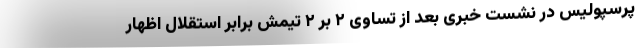
پرسپولیس در نشست خبری بعد از تساوی ۲ بر ۲ تیمش برابر استقلال اظهار